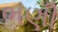
ભણી